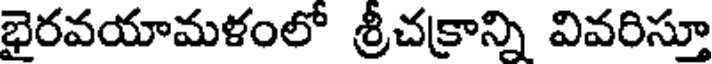
భైరవయామళంలో శ్రీచక్రాన్ని వివరిస్తూ